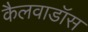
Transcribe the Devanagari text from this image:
कैलवाडॉस